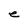
Character: e